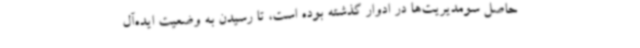
حاصل سومدیریت‌ها در ادوار گذشته بوده است، تا رسیدن به وضعیت ایده‌آل